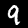
Digit: 9